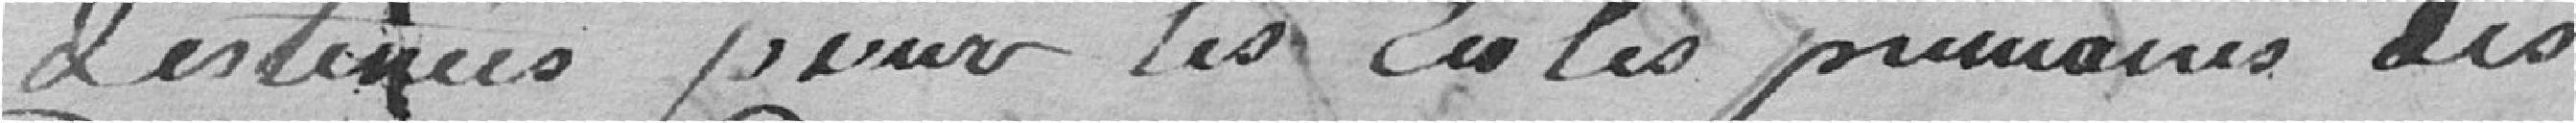
destinées pour les écoles primaires